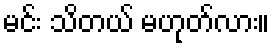
မင်း သိတယ် မဟုတ်လား။